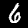
Label: 6